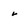
Character: v